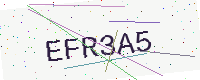
Text: EFR3A5